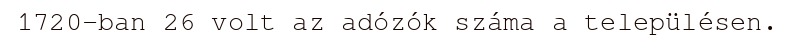
1720-ban 26 volt az adózók száma a településen.